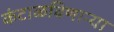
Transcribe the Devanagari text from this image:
कंटाळविणाऱ्या